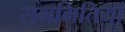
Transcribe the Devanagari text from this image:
सममितियाँ